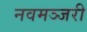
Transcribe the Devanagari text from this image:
नवमञ्जरी